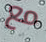
مع